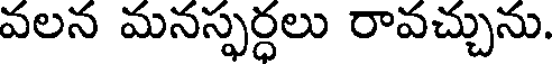
వలన మనస్ఫర్ధలు రావచ్చును.